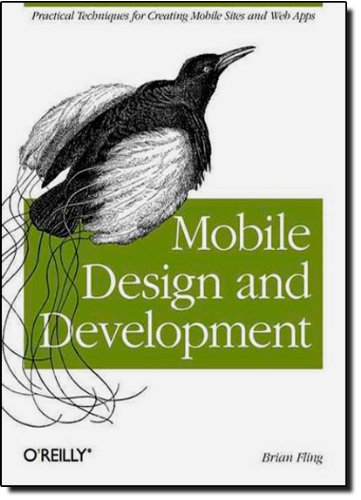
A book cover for Mobile Design and Development: Practical concepts and techniques for creating mobile sites and web apps (Animal Guide); Brian Fling; Computers & Technology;